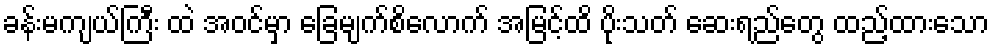
ခန်းမကျယ်ကြီး ထဲ အဝင်မှာ ခြေမျက်စိလောက် အမြင့်ထိ ပိုးသတ် ဆေးရည်တွေ ထည့်ထားသော